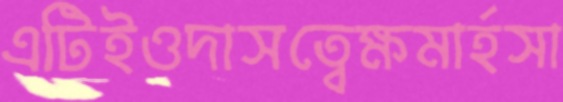
এটিইওদাসত্বেক্ষমার্হসা